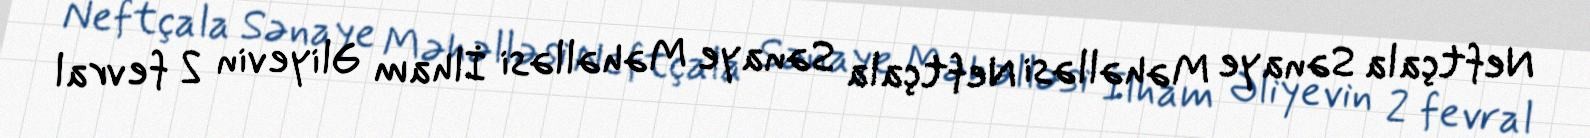
Neftçala Sənaye Məhəlləsi Neftçala Sənaye Məhəlləsi İlham Əliyevin 2 fevral